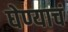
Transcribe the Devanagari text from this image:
घेण्याचं